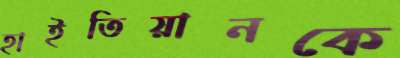
হাইতিয়ানকে